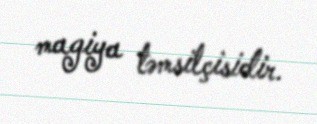
magiya təmsilçisidir.